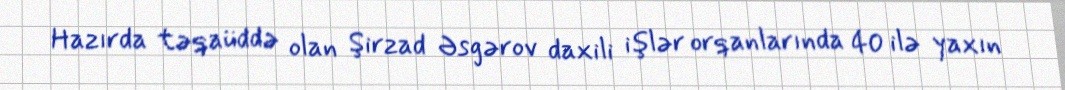
Hazırda təqaüddə olan Şirzad Əsgərov daxili işlər orqanlarında 40 ilə yaxın